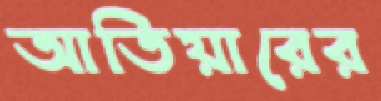
আতিয়ারের